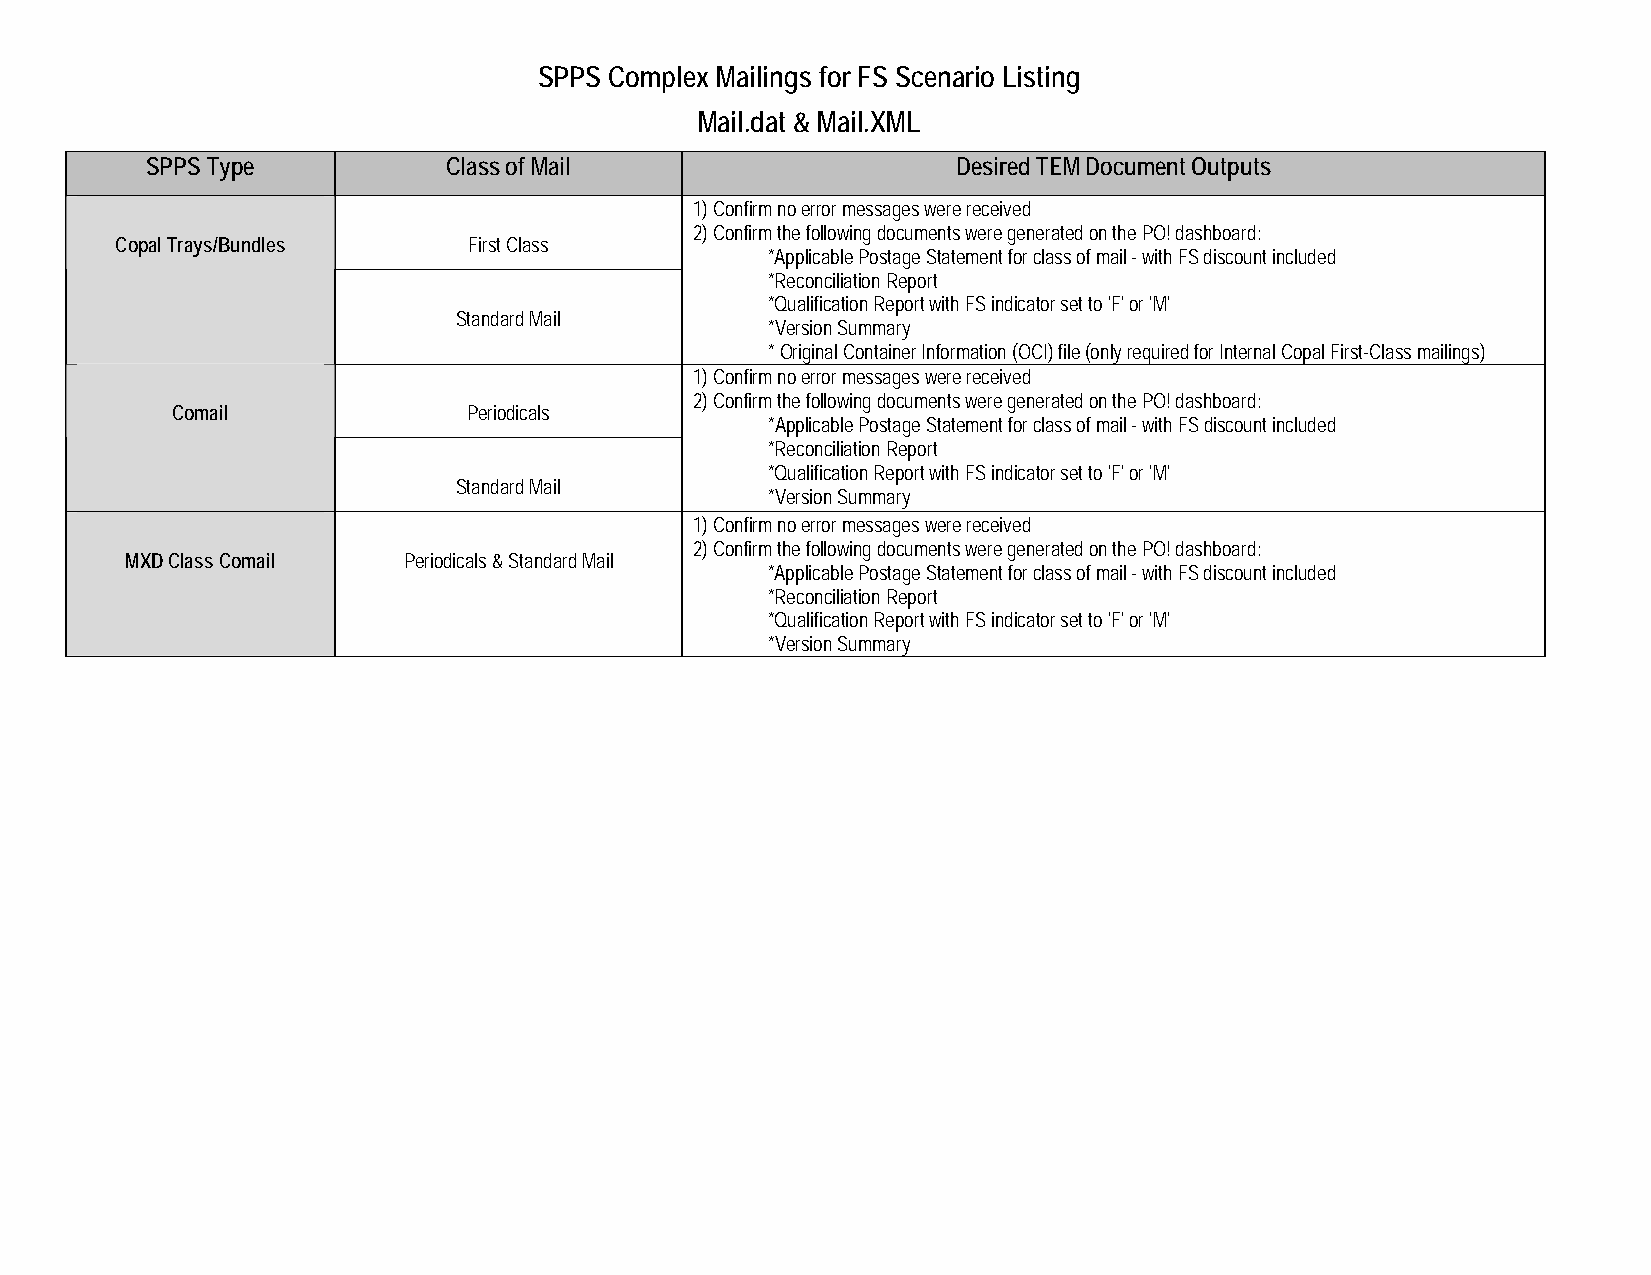
SPPS Complex Mailings for FS Scenario Listing
 Mail.dat & Mail.XML
 SPPS Type           Class of Mail                    Desired TEM Document Outputs
 1) Confirm no error messages were received
 2) Confirm the following documents were generated on the PO! dashboard:
 Copal Trays/Bundles    First Class
 *Applicable Postage Statement for class of mail - with FS discount included
 *Reconciliation Report
 *Qualification Report with FS indicator set to 'F' or 'M'
 Standard Mail
 *Version Summary
 * Original Container Information (OCI) file (only required for Internal Copal First-Class mailings)
 1) Confirm no error messages were received
 2) Confirm the following documents were generated on the PO! dashboard:
 Comail              Periodicals
 *Applicable Postage Statement for class of mail - with FS discount included
 *Reconciliation Report
 *Qualification Report with FS indicator set to 'F' or 'M'
 Standard Mail
 *Version Summary
 1) Confirm no error messages were received
 2) Confirm the following documents were generated on the PO! dashboard:
 MXD Class Comail   Periodicals & Standard Mail
 *Applicable Postage Statement for class of mail - with FS discount included
 *Reconciliation Report
 *Qualification Report with FS indicator set to 'F' or 'M'
 *Version Summary